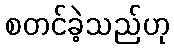
စတင်ခဲ့သည်ဟု